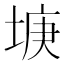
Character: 𡌻